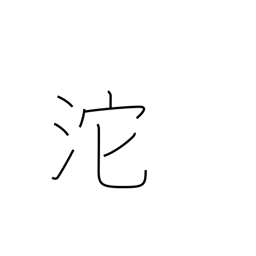
Meaning: flowing of tears